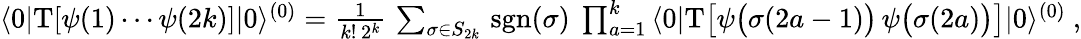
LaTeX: \begin{array}{r}{\langle 0|\mathrm{T}[\psi(1)\cdots\psi(2k)]|0\rangle^{(0)}=\frac 1{k!\, 2^{k}}\, \sum_{\sigma\in S_{2k}}\, \mathrm{sgn}(\sigma)\ \prod_{a=1}^{k}\, \langle 0|\mathrm{T}\big[\psi\big(\sigma(2a-1)\big)\, \psi\big(\sigma(2a)\big)\big]|0\rangle^{(0)}\ ,}\end{array}